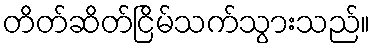
တိတ်ဆိတ်ငြိမ်သက်သွားသည်။